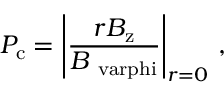
P _ { \mathrm { c } } = \left| \frac { r B _ { \mathrm { z } } } { B _ { \mathrm { \ v a r p h i } } } \right| _ { r = 0 } \, ,